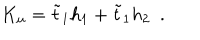
LaTeX: K _ { u } = { \tilde { t } } _ { 1 } h _ { 1 } + { \tilde { t } } _ { 1 } h _ { 2 } \, \, \, .